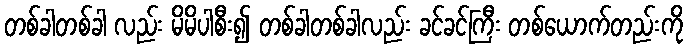
တစ်ခါတစ်ခါ လည်း မိမိပါစီး၍ တစ်ခါတစ်ခါလည်း ခင်ခင်ကြီး တစ်ယောက်တည်းကို